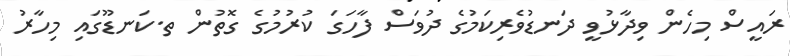
ރައީސް މިހެން ވިދާޅުވީ ދަނޑުވެރިކަމުގެ ދުވަސް ފާހަގަ ކުރުމުގެ ގޮތުން ތ.ކަނޑޫގައި މިހާރު